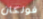
فولكان